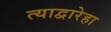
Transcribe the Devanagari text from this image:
त्याद्वारेहा